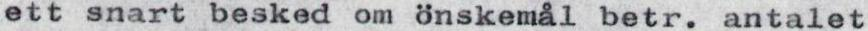
ett snart besked om önskemål betr. antalet